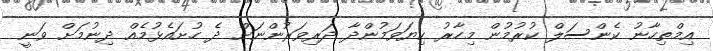
އިމްތިހާނު ކެންސަލް ކުރުމުން މިހާރު ކިޔަވަމުންދާ ދަރިވަރުންނަށް ދެ ހުށައެޅުމެއް ދިނުމަށް ވަނީ